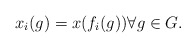
\begin{align*} x_i(g) = x( f_i(g)) \forall g \in G.\end{align*}